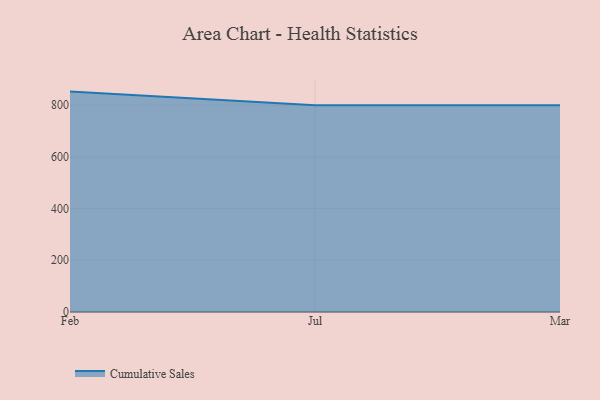
{"axis": {"x": "Month", "y": "Page Views"}, "legend": ["Cumulative Sales"], "data": [{"x": "Feb", "y": 852.5, "type": "Cumulative Sales"}, {"x": "Jul", "y": 800, "type": "Cumulative Sales"}, {"x": "Mar", "y": 800, "type": "Cumulative Sales"}]}